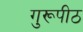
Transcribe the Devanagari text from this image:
गुरूपीठ